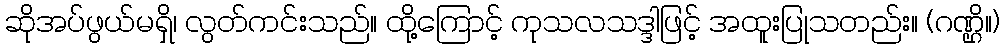
ဆိုအပ်ဖွယ်မရှိ၊ လွတ်ကင်းသည်။ ထို့ကြောင့် ကုသလသဒ္ဒါဖြင့် အထူးပြုသတည်း။ (ဂဏ္ဌိ။)